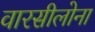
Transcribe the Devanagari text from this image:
वारसीलोना